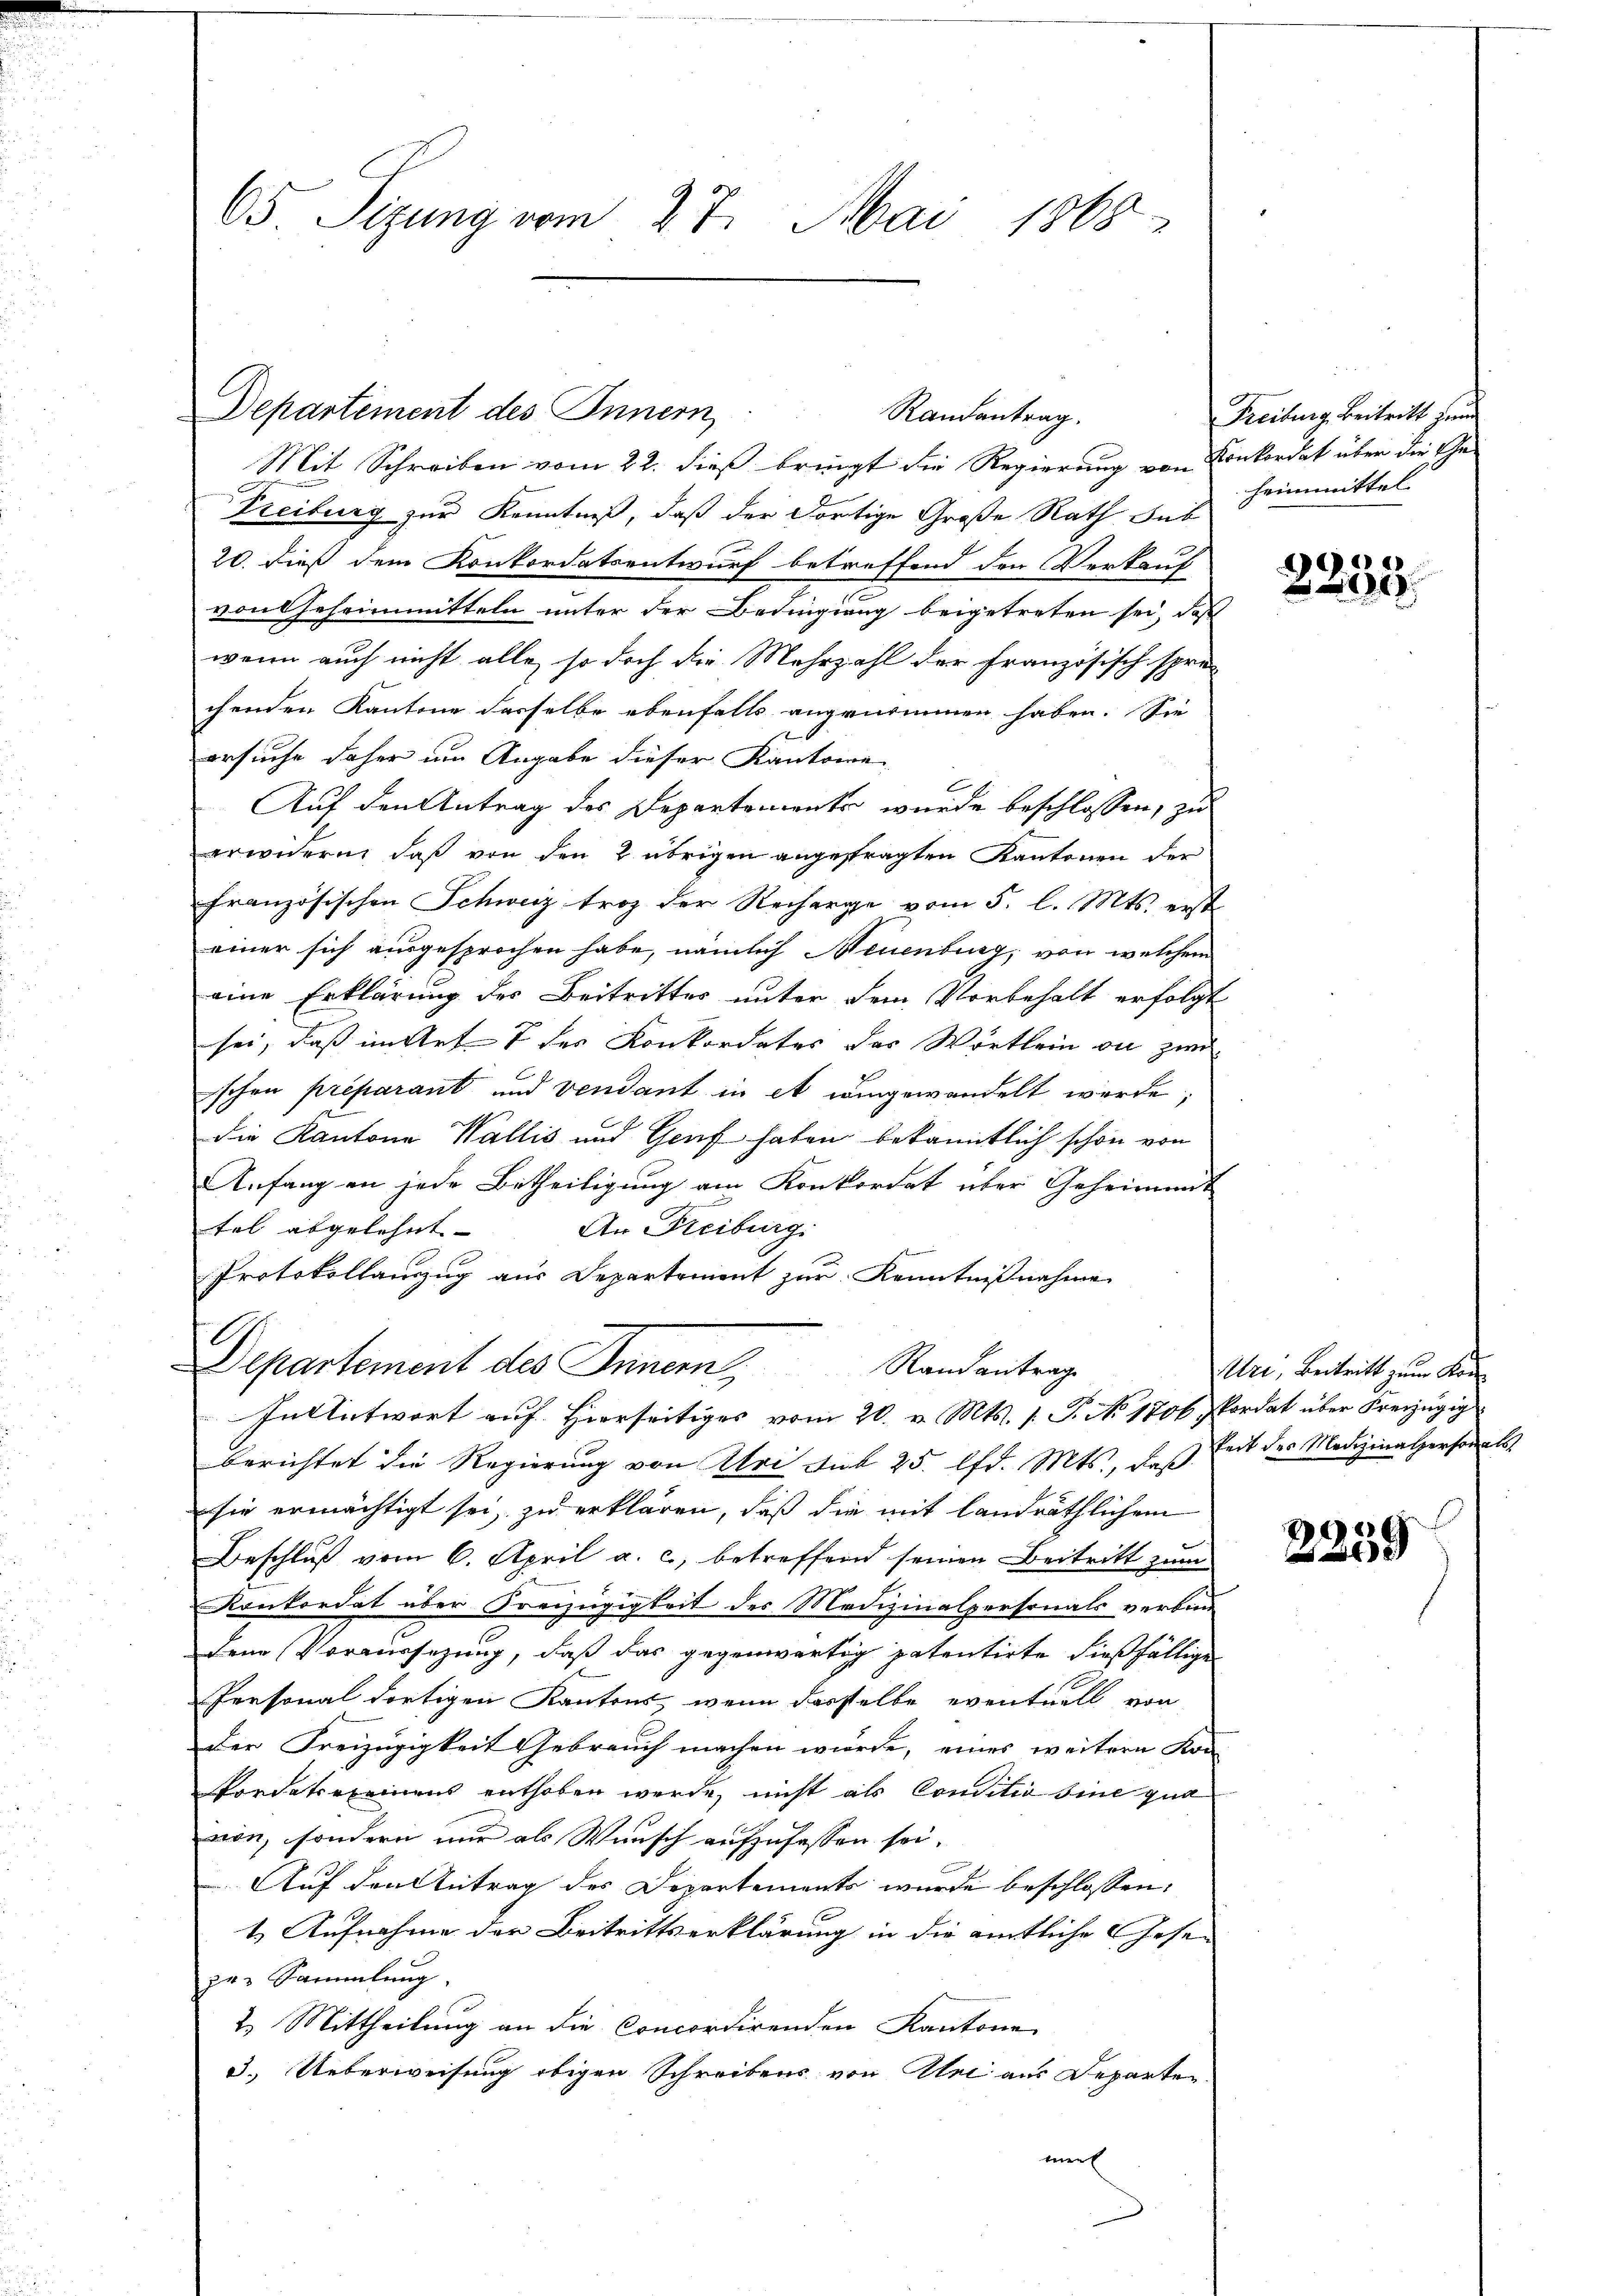
65 Sizung vom 27. Mai 1868

Departement des Innern

Mit Schreiben vom 22. dieß bringt die Regierung von Konkordat über die Ge-
Freiburg zur Kenntniß, daß der dortige Große Rath Sub
20. dieß dem Konkordatsentwurf betreffend den Verkauf
von Geheimmitteln unter der Bedingung beigetreten sei, daß
wenn auch nicht alle, so doch die Mehrzahl der französisch spre-
chenden Kantone dasselbe ebenfalls angenommen haben. Sie
ersuche daher um Angabe dieser Kantone
Auf den Antrag des Departements wurde beschlossen, zu
erwidern, daß von den 2 übrigen angefragten Kantonen der
französischen Schweiz trotz der Recharge vom 5. l. Mts. erst
einer sich ausgesprochen habe, nämlich Neuenburg, von welchem
eine Erklärung des Beitrittes unter dem Vorbehalt erfolgt
sei, daß im Art 7 der Konkordates des Wortlein an zwischon préparant und vendant in et eingewandelt werde;
die Kantone Wallis und Genf haben bekanntlich schon von
Anfang an jede Betheiligung am Konkordat über Geheimmit
An Freiburg.
tel abgelehnt
Protokollanzug aus Departement zur Kenntnißnahme
Departement des Innern,
Randantrag
Intentwort auf Hierseitiges vom 20. v. Mts. 1. P. No 1806 Jordat über Kreizügig
berichtet die Regierung von Uri sub 25. lfd. Mts., daß Zeit des Medizinalpersonals
sie ermächtigt sei, zu erklären, daß die mit landräthlichem
Beschluß vom 6. April a. c., betreffend seinen Beitritt zum
.
Konkordat über Freizügigkeit des Medizinalpersonals verbin
dene Vorersezung, daß das gegenwärtig patentirte dießfällige
Personal dortigen Kantons, wenn dasselbe eventuell von
der Freizügigkeit Gebrauch machen würde, eines weitern Kon-
fordetexeinens enthoben werde, nicht als Conditio sine qua
von, sondern nur als Wunsch aufzufassen sei.
Auf den Antrag des Departements wurde beschlossen:
1. Aufnahme der Beitrittserklärung in die amtliche Gesezur Sammlung.
2. Mittheilung an die Concordirenden Kantone
3. Ueberweisung obigen Schreibens von Uri aus Departen.
mer

Randantrag.

Freiburg Beitritt zum
heimmittel

e«

Uri, Beitritt zum Kon

2259